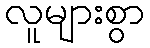
လူများစွာ